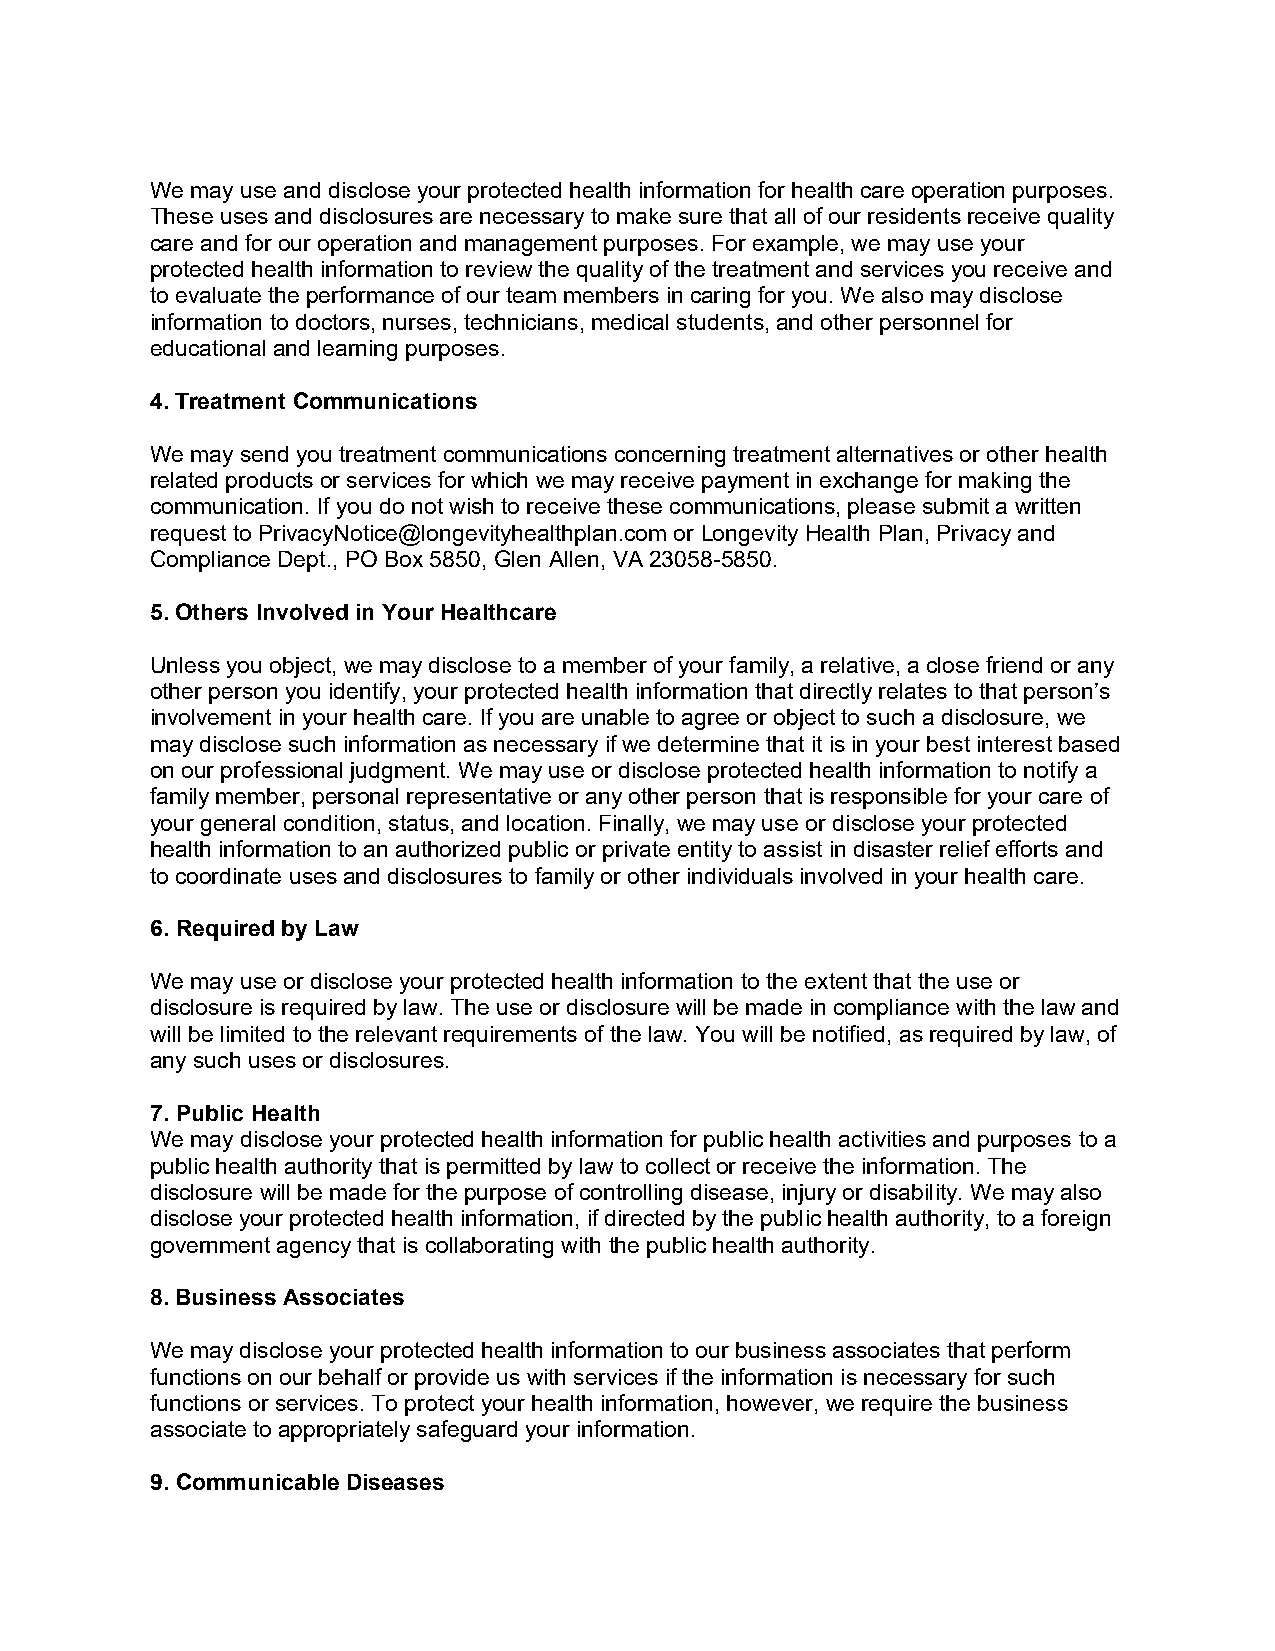
We may use and disclose your protected health information for health care operation purposes.
 These uses and disclosures are necessary to make sure that all of our residents receive quality
 care and for our operation and management purposes. For example, we may use your
 protected health information to review the quality of the treatment and services you receive and
 to evaluate the performance of our team members in caring for you. We also may disclose
 information to doctors, nurses, technicians, medical students, and other personnel for
 educational and learning purposes.
 4. Treatment Communications
 We may send you treatment communications concerning treatment alternatives or other health
 related products or services for which we may receive payment in exchange for making the
 communication. If you do not wish to receive these communications, please submit a written
 request to PrivacyNotice@longevityhealthplan.com or Longevity Health Plan, Privacy and
 Compliance Dept., PO Box 5850, Glen Allen, VA 23058-5850.
 5. Others Involved in Your Healthcare
 Unless you object, we may disclose to a member of your family, a relative, a close friend or any
 other person you identify, your protected health information that directly relates to that person’s
 involvement in your health care. If you are unable to agree or object to such a disclosure, we
 may disclose such information as necessary if we determine that it is in your best interest based
 on our professional judgment. We may use or disclose protected health information to notify a
 family member, personal representative or any other person that is responsible for your care of
 your general condition, status, and location. Finally, we may use or disclose your protected
 health information to an authorized public or private entity to assist in disaster relief efforts and
 to coordinate uses and disclosures to family or other individuals involved in your health care.
 6. Required by Law
 We may use or disclose your protected health information to the extent that the use or
 disclosure is required by law. The use or disclosure will be made in compliance with the law and
 will be limited to the relevant requirements of the law. You will be notified, as required by law, of
 any such uses or disclosures.
 7. Public Health
 We may disclose your protected health information for public health activities and purposes to a
 public health authority that is permitted by law to collect or receive the information. The
 disclosure will be made for the purpose of controlling disease, injury or disability. We may also
 disclose your protected health information, if directed by the public health authority, to a foreign
 government agency that is collaborating with the public health authority.
 8. Business Associates
 We may disclose your protected health information to our business associates that perform
 functions on our behalf or provide us with services if the information is necessary for such
 functions or services. To protect your health information, however, we require the business
 associate to appropriately safeguard your information.
 9. Communicable Diseases